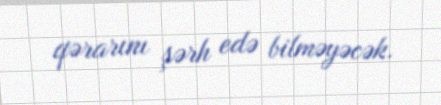
qərarını şərh edə bilməyəcək.